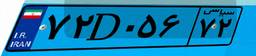
۷۲D۰۵۶۷۲